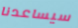
سيساعدنا